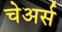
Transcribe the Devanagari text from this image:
चेअर्स